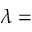
\lambda =